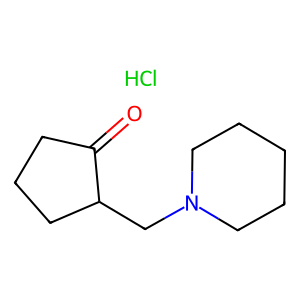
SMILES: Cl.O=C1CCCC1CN1CCCCC1
Inhibits HIV replication: No